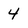
Character: 4